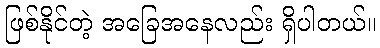
ဖြစ်နိုင်တဲ့ အခြေအနေလည်း ရှိပါတယ်။